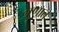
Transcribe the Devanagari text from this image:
गुणात